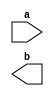
//~
module top_module (
    input  a,
    output b
);
  assign a = ~b;


endmodule